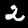
Label: 2